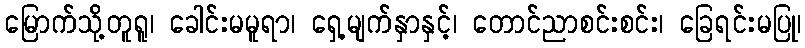
မြောက်သို့တူရူ၊ ခေါင်းမမူရာ၊ ရှေ့မျက်နှာနှင့်၊ တောင်ညာစင်းစင်း၊ ခြေရင်းမပြု၊